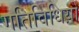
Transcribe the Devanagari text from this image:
गतिविधिय़ो